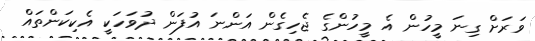
ވަރަށް ގިނަ މީހުން އެ މީހުންގެ ޖެހިގެން އަންނަ އުފަން ދުވަހަކީ އެކިކަންތައް